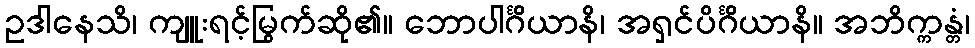
ဥဒါနေသိ၊ ကျူးရင့်မြွက်ဆို၏။ ဘောပါင်္ဂိယာနိ၊ အရှင်ပိင်္ဂိယာနိ။ အဘိက္ကန္တံ၊